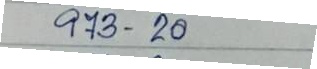
973 - 20